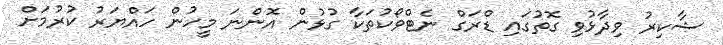
ޝާކިރު ވިދާޅުވި ގޮތުގައި ޑްރަގް ނެޓްވޯކުތަކާ ގުޅުން އޮންނަ މީހުން ހައްޔަރު ކުރުމަށް